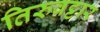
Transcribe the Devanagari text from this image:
तिरुवट्टार